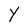
Character: Y